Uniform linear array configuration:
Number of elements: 24
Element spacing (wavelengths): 0.5
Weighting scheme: uniform
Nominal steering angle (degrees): -60
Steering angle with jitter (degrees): -58.239
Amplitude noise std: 0.05
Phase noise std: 0.05

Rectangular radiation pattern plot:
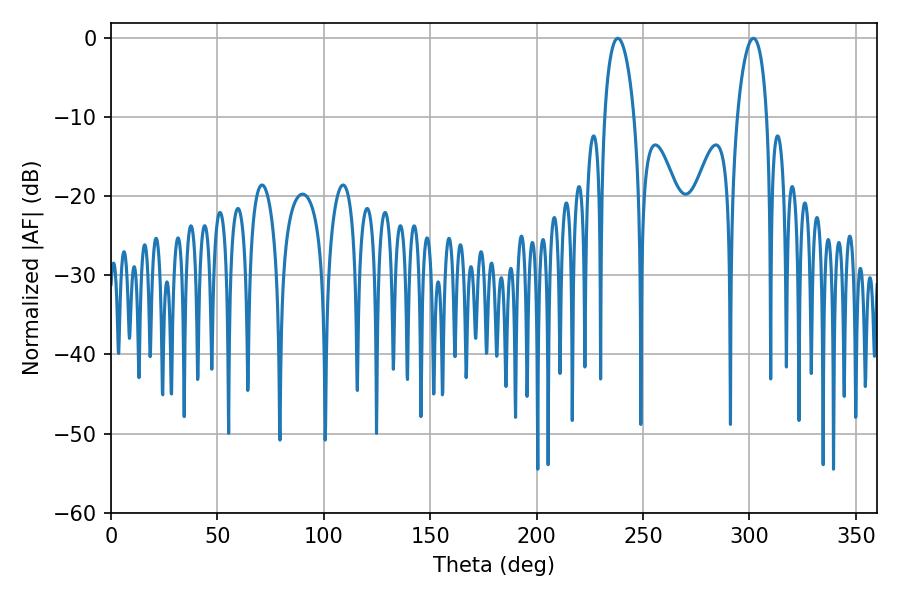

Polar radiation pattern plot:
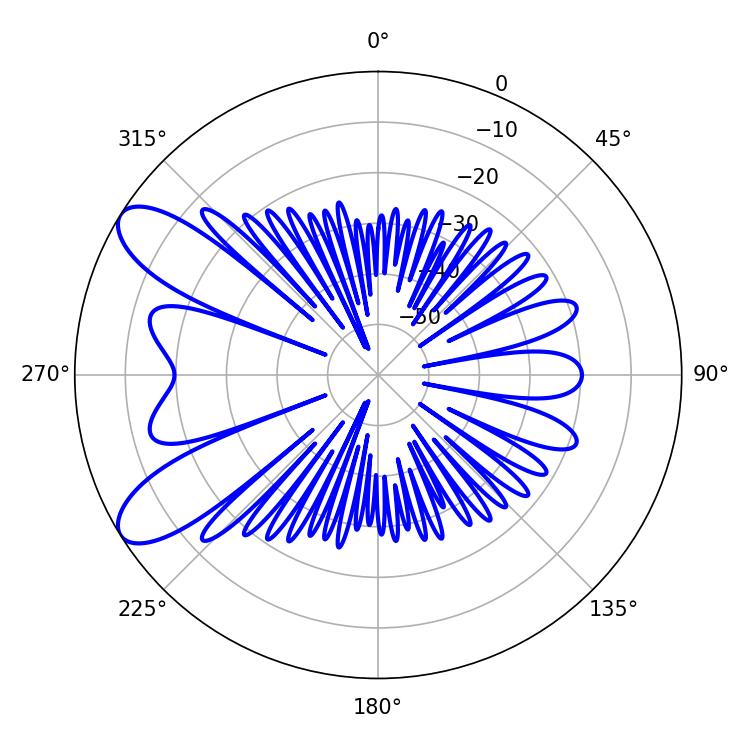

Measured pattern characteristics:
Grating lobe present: FALSE
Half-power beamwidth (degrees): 7.92
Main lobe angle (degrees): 238.14